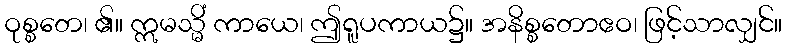
ဝုစ္စတေ၊ ၏။ ဣမသ္မိံ ကာယေ၊ ဤရူပကာယ၌။ အနိစ္စတောဧဝ၊ ဖြင့်သာလျှင်။